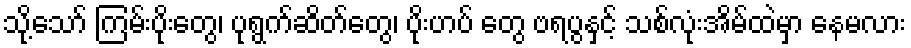
သို့သော် ကြမ်းပိုးတွေ၊ ပုရွက်ဆိတ်တွေ၊ ပိုးဟပ် တွေ ဗရပွနှင့် သစ်လုံးအိမ်ထဲမှာ နေမလား